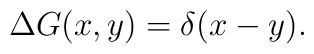
\Delta G(x,y) = \delta (x-y).